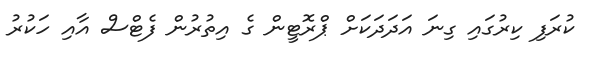
ކުރަފި ކިރުގައި ގިނަ އަދަދަކަށް ޕްރޮޓީން ގެ އިތުރުން ފެޓްސް އާއި ހަކުރު